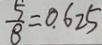
\frac { 5 } { 8 } = 0 . 6 2 5